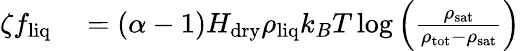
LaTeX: \begin{array}{rl}{\zeta f_{\mathrm{liq}}}&{{}=(\alpha-1)H_{\mathrm{dry}}\rho_{\mathrm{liq}}k_{B}T\log\left(\frac{\rho_{\mathrm{sat}}}{\rho_{\mathrm{tot}}-\rho_{\mathrm{sat}}}\right)}\end{array}